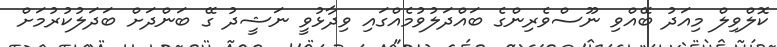
ކޮލްވިލް މިއަދު ބޭއްވި ނޫސްވެރިންގެ ބައްދަލުވުމެއްގައި ވިދާޅުވީ ނަޝީދު ގޭ ބަންދަށް ބަދަލުކުރުމަށް